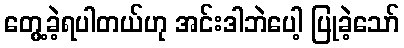
တွေ့ခဲ့ရပါတယ်ဟု အင်းဒါဘဲပေါ့ ပြုခဲ့သော်